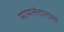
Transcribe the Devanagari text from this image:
मामलेदाराला